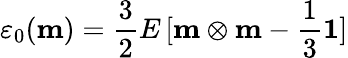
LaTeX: \mathbf{\varepsilon}_{0}(\mathbf{m})={\frac{3}{2}}E\, [\mathbf{m}\otimes\mathbf{m}-{\frac{1}{3}}\mathbf{1}]